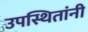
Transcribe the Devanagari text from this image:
उपस्थितांनी